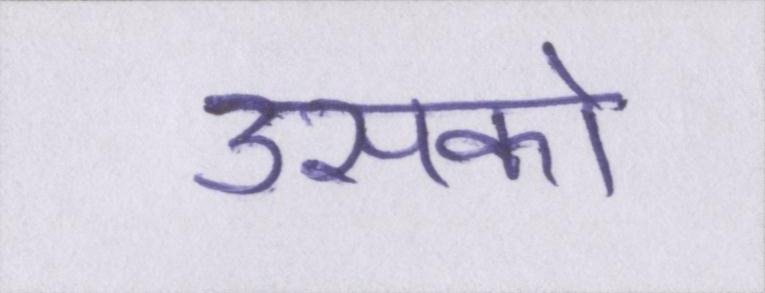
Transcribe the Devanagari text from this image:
उसको